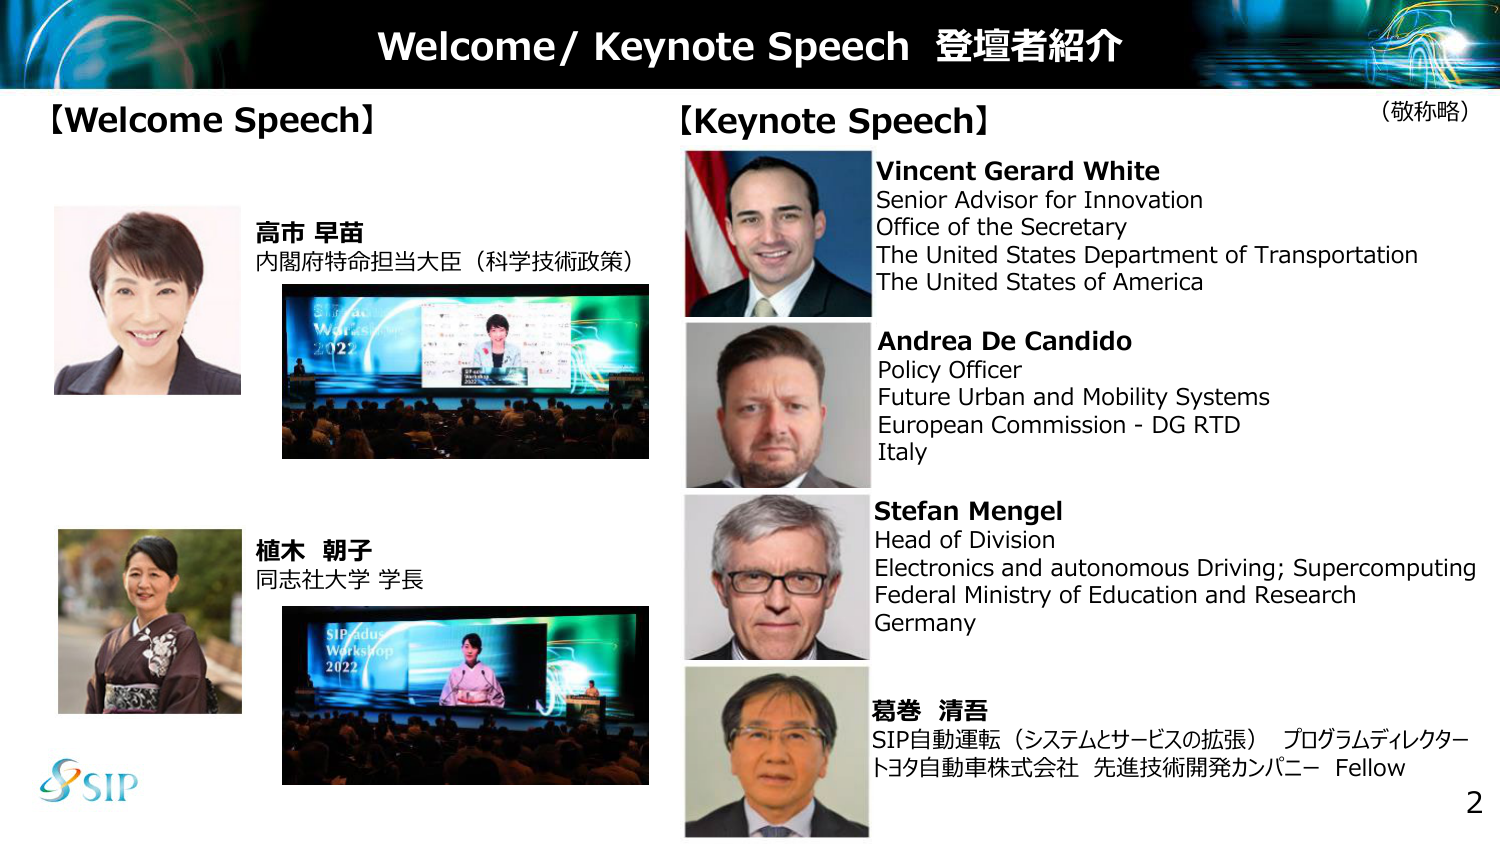
Welcome/ Keynote Speech 登壇者紹介

【Welcome Speech】

高市 早苗
内閣府特命担当大臣（科学技術政策）

【Keynote Speech】
（敬称略）

Vincent Gerard White
Senior Advisor for Innovation
Office of the Secretary
The United States Department of Transportation
The United States of America

Andrea De Candido
Policy Officer
Future Urban and Mobility Systems
European Commission - DG RTD
Italy

Stefan Mengel
Head of Division
Electronics and autonomous Driving; Supercomputing
Federal Ministry of Education and Research
Germany

葛巻 清吾
SIP自動運転（システムとサービスの拡張） プログラムディレクター
トヨタ自動車株式会社 先進技術開発カンパニー Fellow

植木 朝子
同志社大学 学長

SIP
2